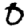
Digit: 0